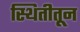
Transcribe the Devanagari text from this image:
स्थितीतून